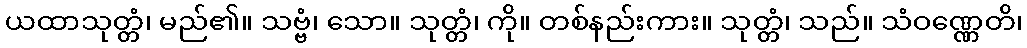
ယထာသုတ္တံ၊ မည်၏။ သဗ္ဗံ၊ သော။ သုတ္တံ၊ ကို။ တစ်နည်းကား။ သုတ္တံ၊ သည်။ သံဝဏ္ဏေတိ၊